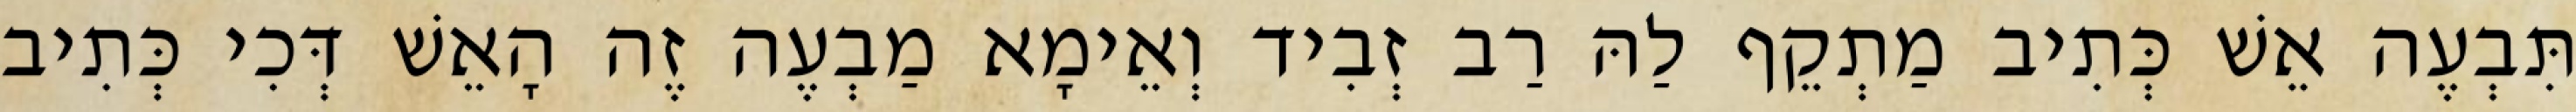
תִּבְעֶה אֵשׁ כְּתִיב מַתְקֵף לַהּ רַב זְבִיד וְאֵימָא מַבְעֶה זֶה הָאֵשׁ דְּכִי כְּתִיב